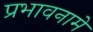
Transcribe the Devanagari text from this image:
प्रभावनामे